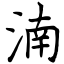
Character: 湳